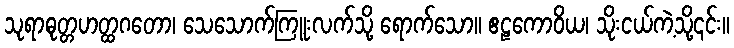
သုရာဓုတ္တဟတ္ထဂတော၊ သေသောက်ကြူးလက်သို့ ရောက်သော။ ဧဠကောဝိယ၊ သိုးငယ်ကဲ့သို့၎င်း။